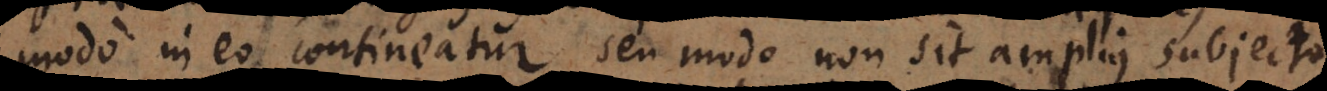
modo in eo contineatur, seu modo non sit amplius subjecto.